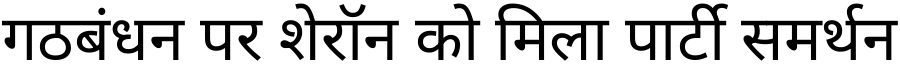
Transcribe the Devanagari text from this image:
गठबंधन पर शेरॉन को मिला पार्टी समर्थन